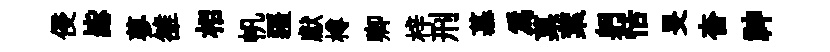
侵毖蓼雒相帆疆獻樽卿梓刑慕為菓葉躬恬旻杳神